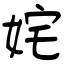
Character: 姹